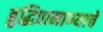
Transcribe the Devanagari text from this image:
बुद्धिप्रामाण्याचे